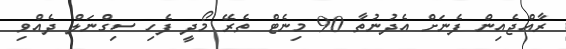
ރާއްޖެއިން ފެނަށް އެދުނުތާ 90 މިނެޓް ތެރޭ މޯދީ ފެހި ސިގްނަލް ދެއްވި